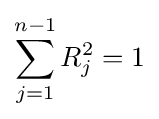
\sum _{j=1}^{n-1}R_{j}^{2}=1